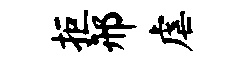
拒邢虐